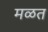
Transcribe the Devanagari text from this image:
मळत